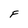
Character: F